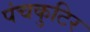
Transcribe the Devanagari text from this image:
पंचकुटिर